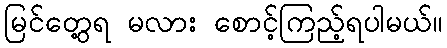
မြင်တွေ့ရ မလား စောင့်ကြည့်ရပါမယ်။